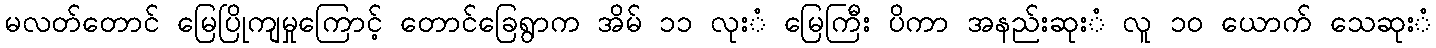
မလတ်တောင် မြေပြိုကျမှုကြောင့် တောင်ခြေရွာက အိမ် ၁၁ လုးံ မြေကြီး ပိကာ အနည်းဆုးံ လူ ၁၀ ယောက် သေဆုးံ